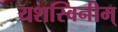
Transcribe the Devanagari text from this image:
यशस्विनीम्‌